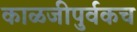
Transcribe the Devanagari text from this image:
काळजीपुर्वकच